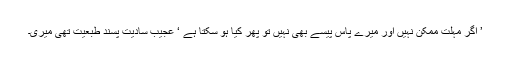
’ اگر مہلت ممکن نہیں اور میرے پاس پیسے بھی نہیں تو پھر کیا ہو سکتا ہے ‘ عجیب سادیت پسند طبعیت تھی میری۔